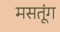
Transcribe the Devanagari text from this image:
मसतूंग